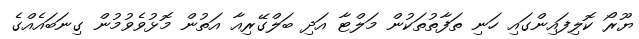
ޔޫރޯ ކޮލިފައިންގައި ހަނި ތަފާތުތަކުން މަލްޓާ އަދި ބަލްގޭރިއާ އަތުން މޮޅުވެވުމުން ގިނަބައެއްގެ